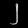
Digit: ၂